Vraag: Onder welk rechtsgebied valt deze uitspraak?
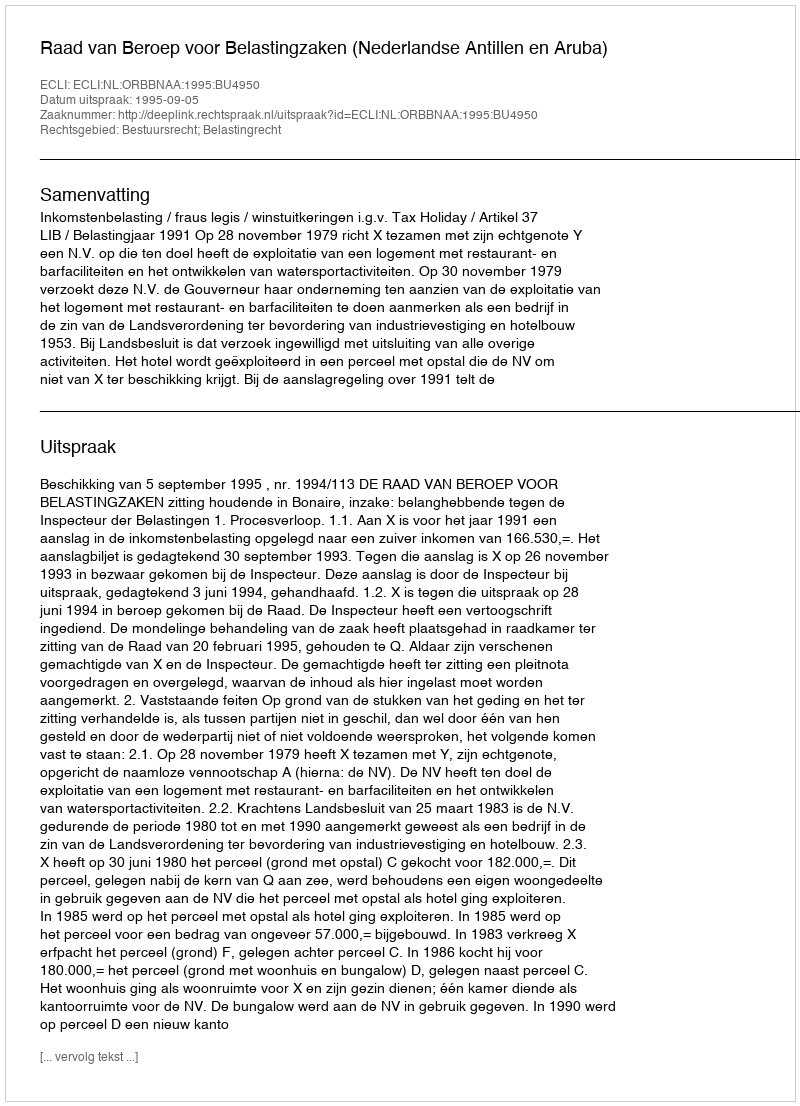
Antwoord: Bestuursrecht; Belastingrecht